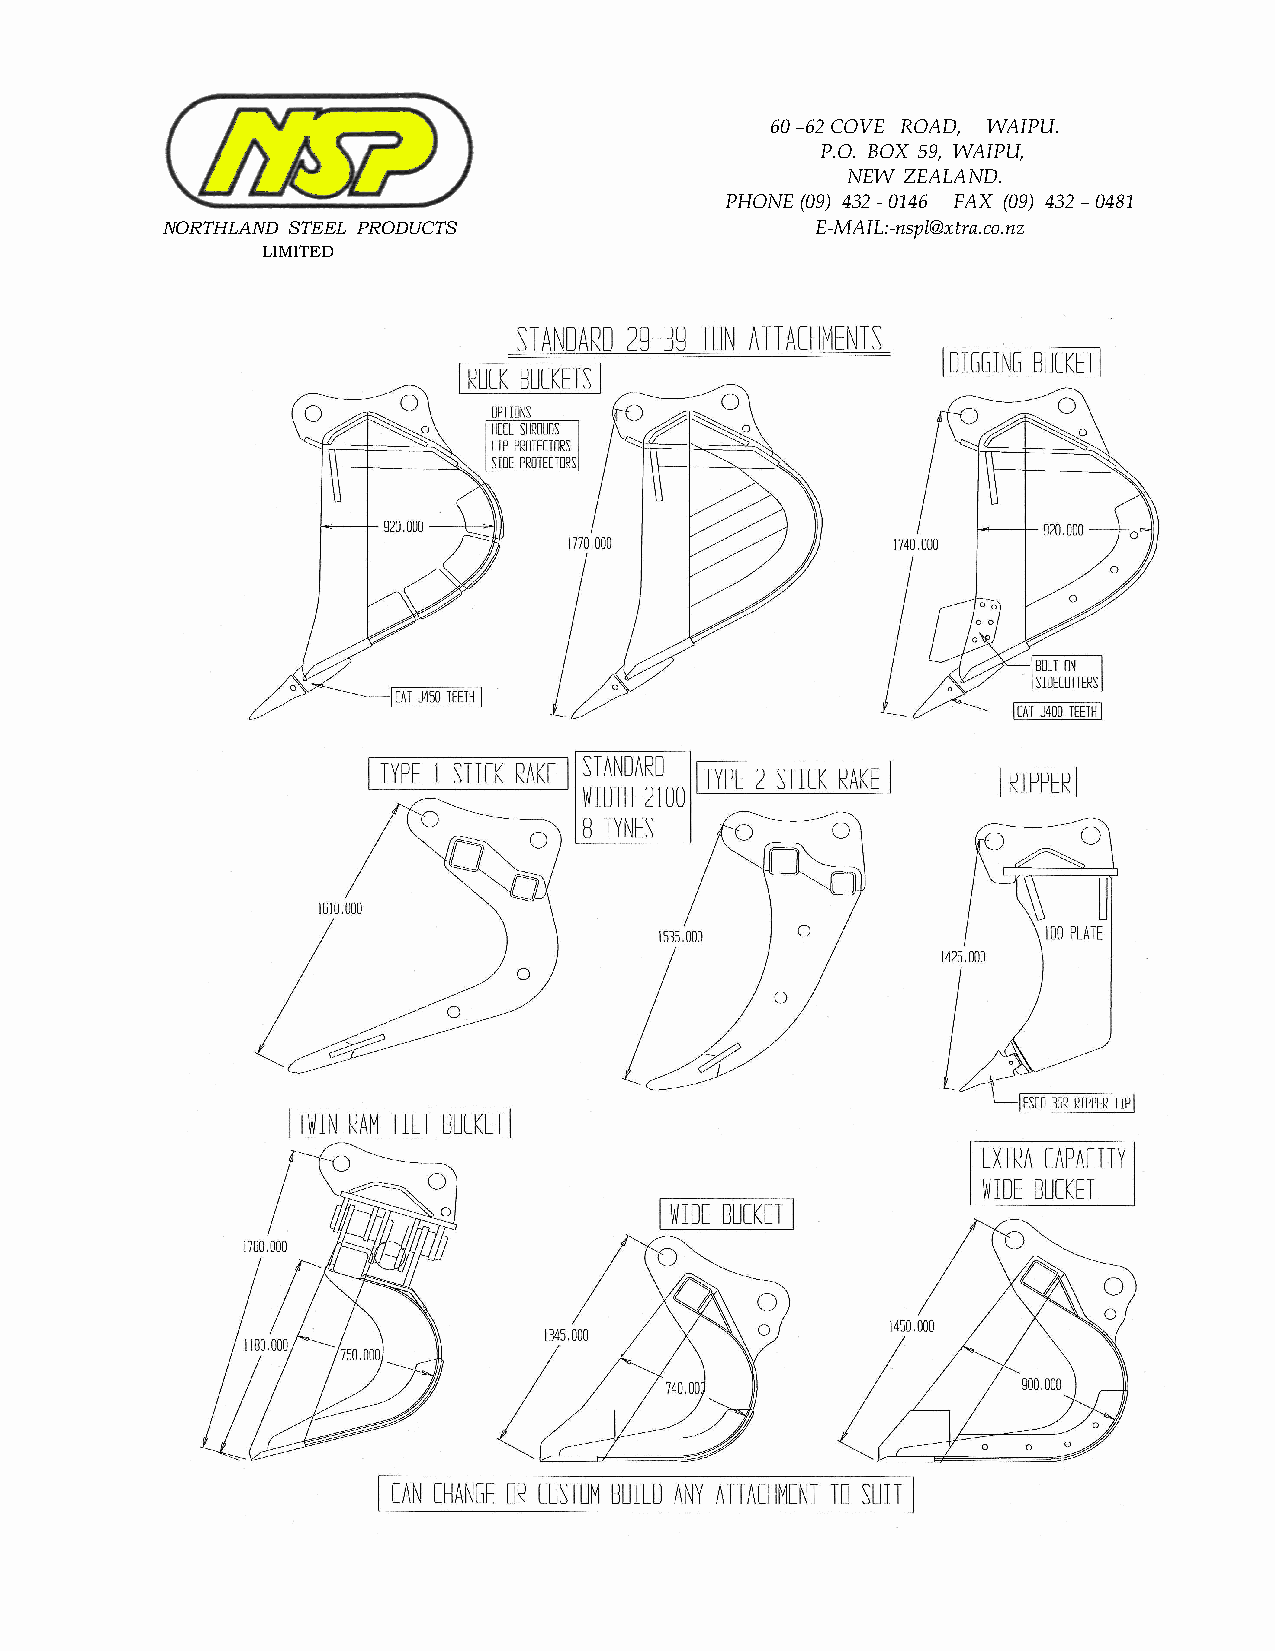
60 –62 COVE ROAD, WAIPU.
 P.O. BOX 59, WAIPU,
 NEW ZEALAND.
 PHONE (09) 432 - 0146 FAX (09) 432 – 0481
 NORTHLAND STEEL PRODUCTS                   E-MAIL:-nspl@xtra.co.nz
 LIMITED